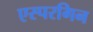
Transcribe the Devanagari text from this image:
एस्परगिन